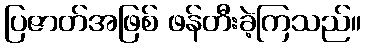
ပြဇာတ်အဖြစ် ဖန်တီးခဲ့ကြသည်။